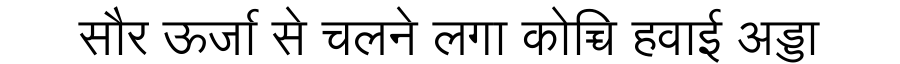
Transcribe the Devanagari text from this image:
सौर ऊर्जा से चलने लगा कोच्चि हवाई अड्डा